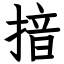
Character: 揞